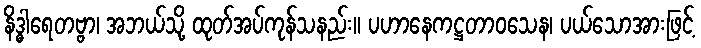
နိဒ္ဓါရေတဗ္ဗာ၊ အဘယ်သို့ ထုတ်အပ်ကုန်သနည်း။ ပဟာနေကဋ္ဌတာဝသေန၊ ပယ်သောအားဖြင့်